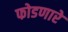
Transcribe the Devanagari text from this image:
फोडणारे